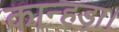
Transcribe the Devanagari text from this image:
कान्हड़ा।